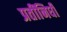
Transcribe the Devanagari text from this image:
प्रतींनिधी